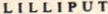
LILLIPUT